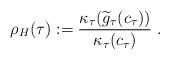
LaTeX: \begin{align*}\rho_H(\tau)&:=\frac{\kappa_\tau(\widetilde{g}_{\tau}(c_\tau))}{\kappa_\tau(c_\tau)}\;.\end{align*}